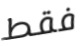
فقط